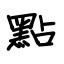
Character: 點